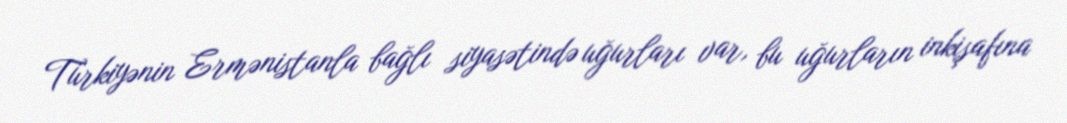
Türkiyənin Ermənistanla bağlı siyasətində uğurları var, bu uğurların inkişafına